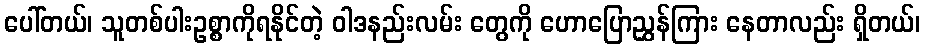
ပေါ်တယ်၊ သူတစ်ပါးဥစ္စာကိုရနိုင်တဲ့ ဝါဒနည်းလမ်း တွေကို ဟောပြောညွှန်ကြား နေတာလည်း ရှိတယ်၊